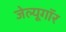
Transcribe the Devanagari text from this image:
जेल्यूगॉर